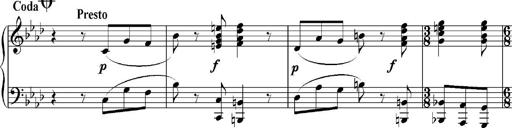
Title: Sonatina No.5
Composer: Otto Stoll
Key: F-sharp minor